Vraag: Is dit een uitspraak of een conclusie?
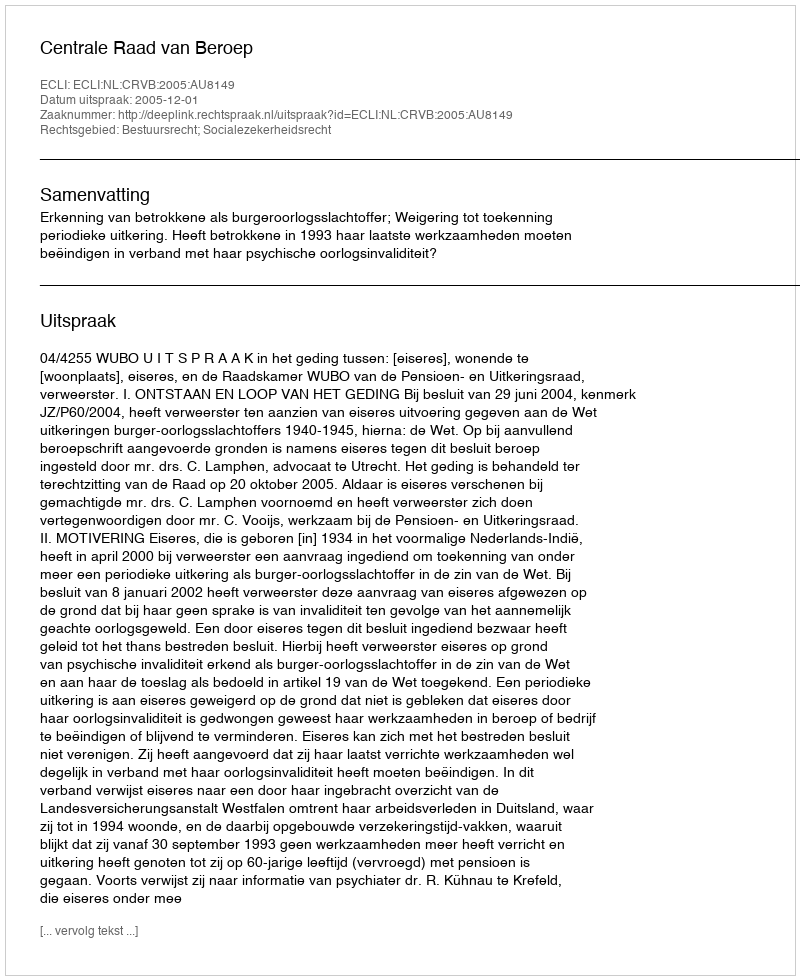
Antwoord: Uitspraak